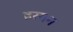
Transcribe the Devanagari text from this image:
हरगन